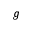
g